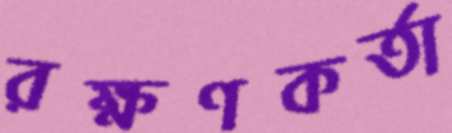
রক্ষণকর্তা